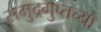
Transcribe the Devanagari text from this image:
समुद्रगुप्तच्या